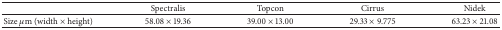
|  | Spectralis | Topcon | Cirrus | Nidek |
 | --- | --- | --- | --- | --- |
 | Size μm (width × height) | 58.08 × 19.36 | 39.00 × 13.00 | 29.33 × 9.775 | 63.23 × 21.08 |